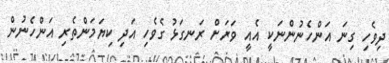
ދިވެހި ގިނަ އަންހެނުންނަކީ އެއީ ވަރަށް ރަނގަޅު ގެވެހި އަދި ކިޔަމަންތެރި އަންހެނުން